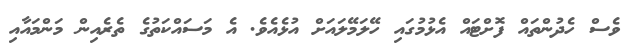
ވެސް ހެދުންތައް ފޮށްޓައް އެޅުމުގައި ހޭލަމޭލައަށް އުޅެއެވެ. އެ މަސައްކަތުގެ ތެރެއިން މަންމައާއި